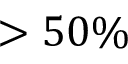
> 5 0 \%